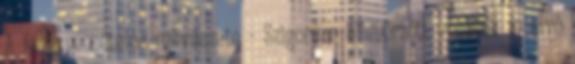
A fenékpecsételés művészete - Szigorúan ellenőrzött vonatok 10 alvó